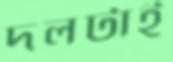
দলটাই